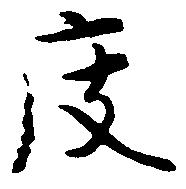
度